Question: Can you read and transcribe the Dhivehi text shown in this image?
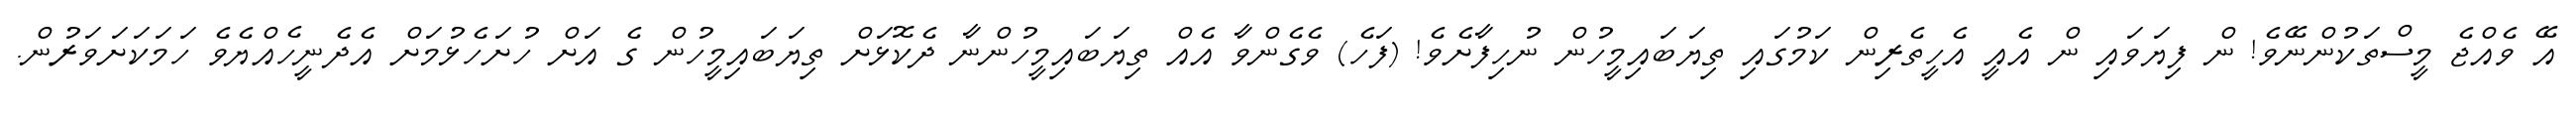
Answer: އޭ ވެއްޖެ މީސްތަކުންނޭވެ! ން ފިޔަވައި ން އެއީ އެހީތެރިން ކަމުގައި ތިޔަބައިމީހުން ނުހިފާށެވެ! (ފަހެ) ވެގެންވާ އެއް ތިޔަބައިމީހުންނާ ދެކޮޅަށް ތިޔަބައިމީހުން ގެ އަށް ހުށަހެޅުމަށް އެދެނީހެއްޔެވެ ހަމަކަށަވަރުން.